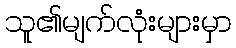
သူ၏မျက်လုံးများမှာ